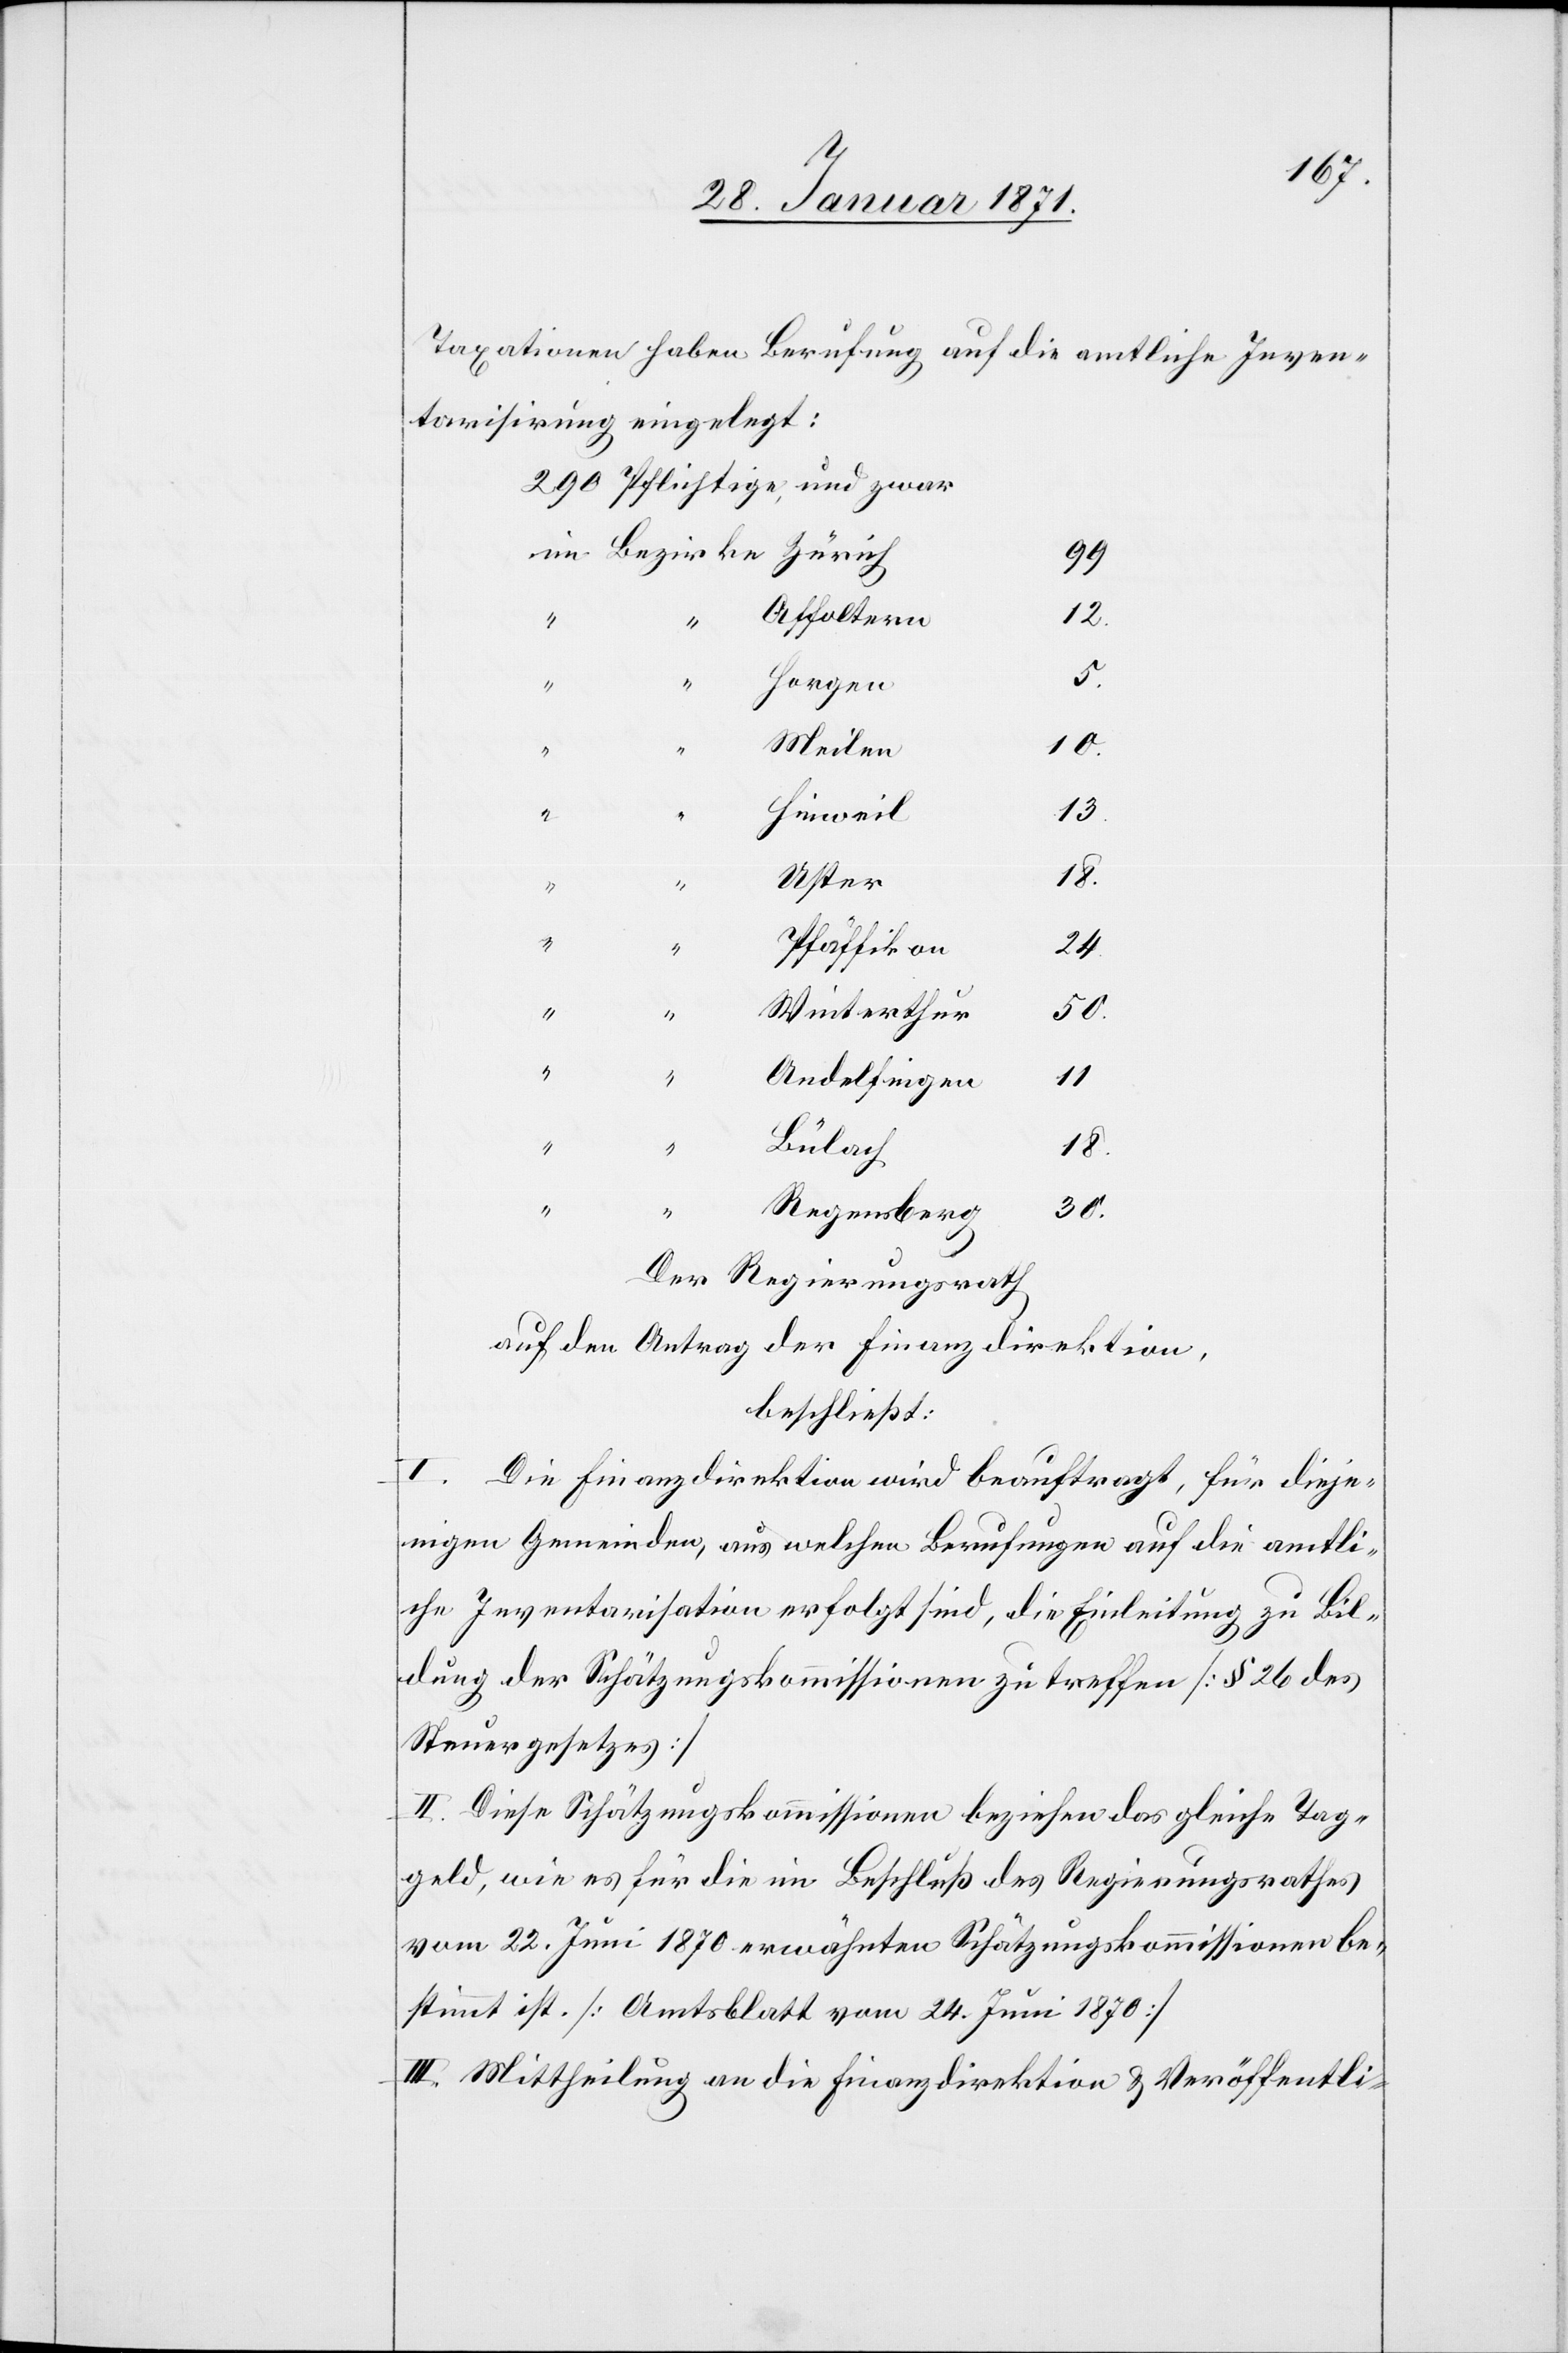
Taxationen haben Berufung auf die amtliche Inven¬
tarisirung eingelegt:
99
Affoltern
18.
“
“
5.
Horgen
10.
Meilen
Hinweil
13.
Uster
“
Pfäffikon
24.
Winterthur
50.
“
Andelfingen
11
Bülach
18.
“
“
30.
Regensberg
Der Regierungsrath,
auf den Antrag der Finanzdirektion,
beschließt:
I. Die Finanzdirektion wird beauftragt, für dieje¬
nigen Gemeinden, aus welchen Berufungen auf die amtli¬
che Inventarisation erfolgt sind, die Einleitung zu Bil¬
dung der Schätzungskommissionen zu treffen [§ 26 des
Steuergesetzes]
II. Diese Schätzungskommissionen beziehen das gleiche Tag¬
geld, wie es für die im Beschluß des Regierungsrathes
vom 22. Juni 1870 erwähnten Schätzungskommissionen be¬
stimmt ist. [Amtsblatt vom 24. Juni 1870].
III. Mittheilung an die Finanzdirektion u. Veröffentli-